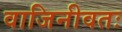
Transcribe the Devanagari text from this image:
वाजिनीवतः